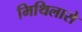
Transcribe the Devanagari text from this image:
मिथिलासे